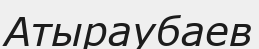
Атыраубаев